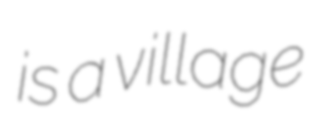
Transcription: is a village